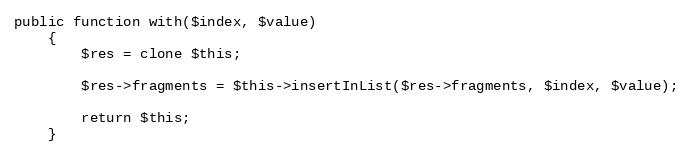
Language: PHP
public function with($index, $value)
    {
        $res = clone $this;

        $res->fragments = $this->insertInList($res->fragments, $index, $value);

        return $this;
    }